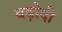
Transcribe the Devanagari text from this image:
बड़ोदी